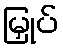
မြှုပ်